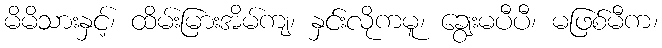
မိမိသားနှင့်၊ ထိမ်းမြားအိမ်ကျ၊ နှင်းလိုကမူ၊ ချွေးမပီပီ၊ မဖြစ်မီက၊